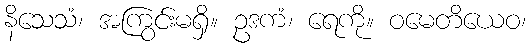
နိသေသံ၊ အကြွင်းမရှိ။ ဥဒကံ၊ ရေကို။ ဝမေတိယေဝ၊